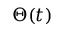
\Theta ( t )